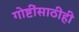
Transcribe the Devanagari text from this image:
गोष्टींसाठीही